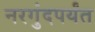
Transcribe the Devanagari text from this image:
नरगुंदपर्यंत